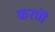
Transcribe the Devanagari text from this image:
करणॆ